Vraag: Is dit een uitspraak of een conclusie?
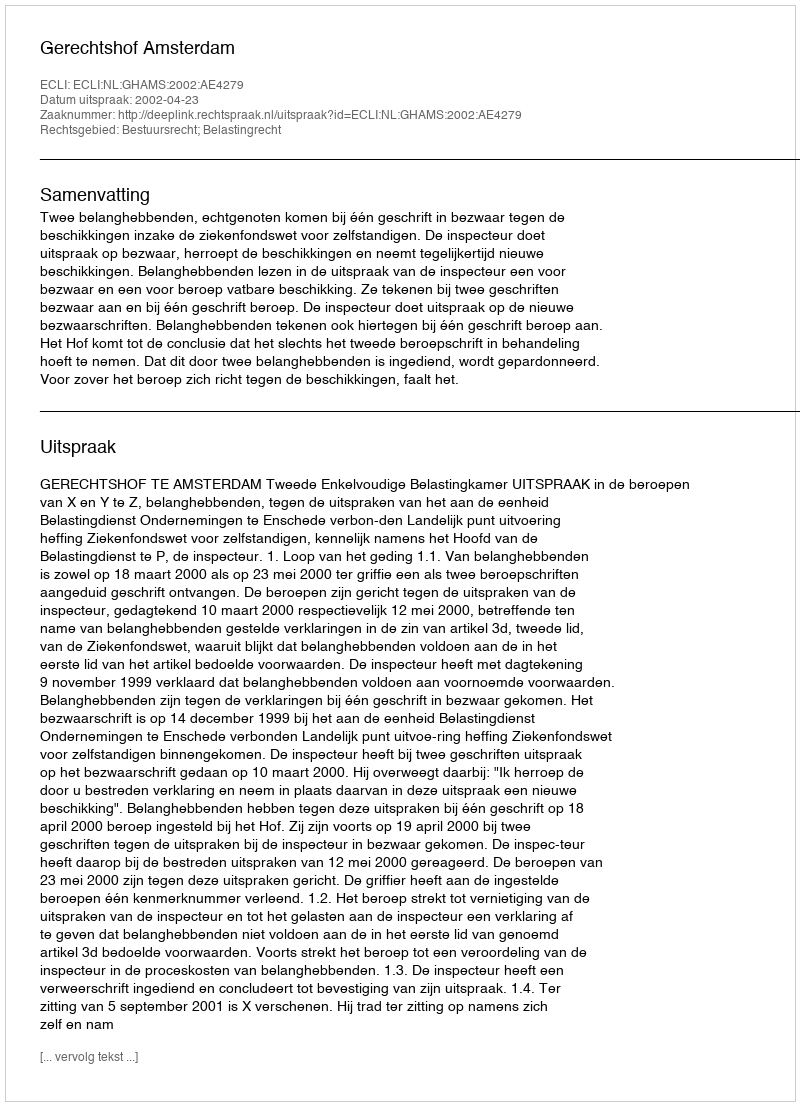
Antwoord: Uitspraak